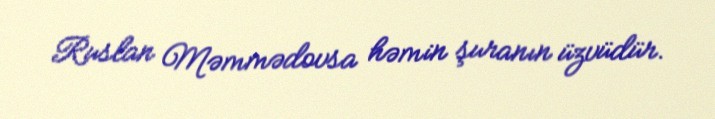
Ruslan Məmmədovsa həmin şuranın üzvüdür.